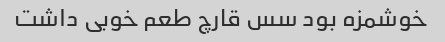
خوشمزه بود سس قارچ طعم خوبی داشت